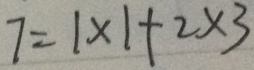
7 = 1 \times 1 + 2 \times 3